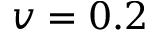
v = 0 . 2